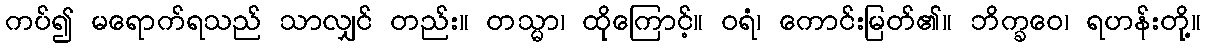
ကပ်၍ မရောက်ရသည် သာလျှင် တည်း။ တသ္မာ၊ ထိုကြောင့်။ ဝရံ၊ ကောင်းမြတ်၏။ ဘိက္ခဝေ၊ ရဟန်းတို့။